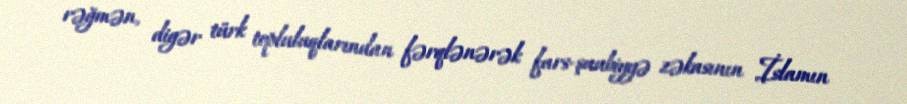
rəğmən, digər türk topluluqlarından fərqlənərək fars-şuubiyyə zəkasının İslamın